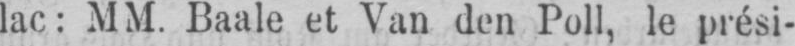
lac: MM. Baale et Van den Poll, le prési-